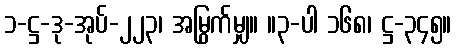
၁-ဋ္ဌ-ဒု-အုပ်-၂၂၃၊ အမြွက်မျှ။ ။၃-ပါ ၁၆၈၊ ဋ္ဌ-၃၄၅။